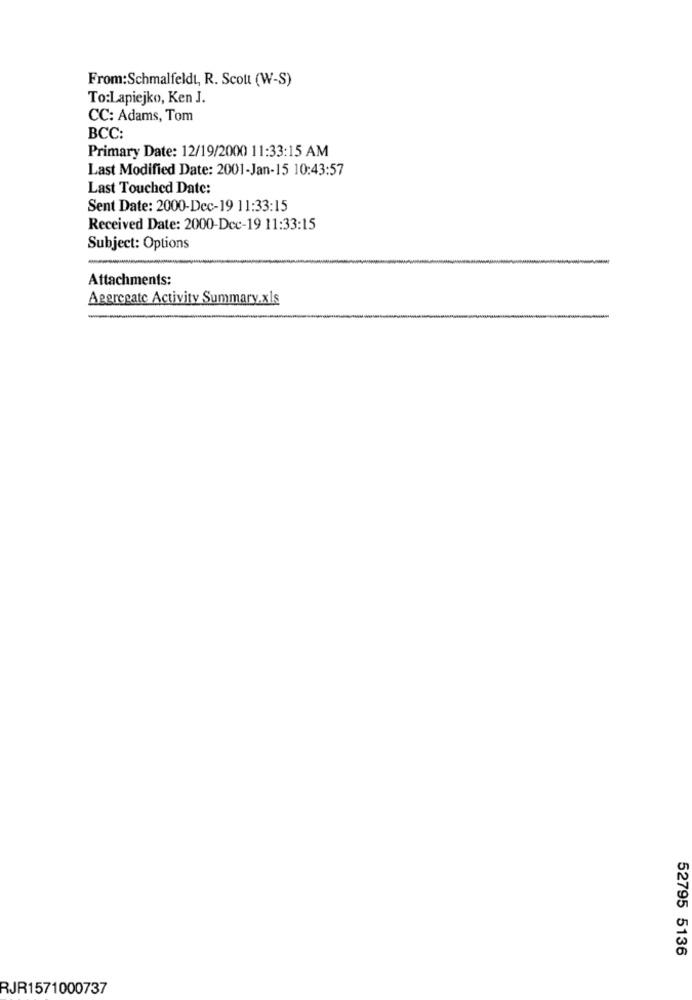
From:Schmalfeldt, R. Scott (W-S)
To:Lapiejko, Ken J.
CC: Adams, Tom
BCC:
Primary Date: 12/19/2000 11:33:15 AM
Last Modified Date: 2001-Jan-15 10:43:57
Last Touched Date:
Sent Date: 2000-Dec-19 11:33:15
Received Date: 2000-Dcc-19 11:33:15
Subject: Options
Attachments:
Aggregate Activity Summary.xls
52795 5136
RJR1571000737